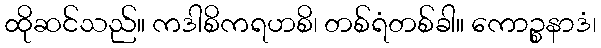
ထိုဆင်သည်။ ကဒါစိကရဟစိ၊ တစ်ရံတစ်ခါ။ ကောဉ္စနာဒံ၊